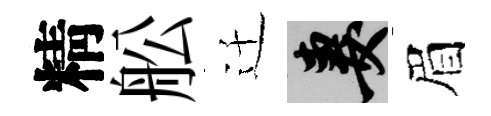
精舩迁妻眉